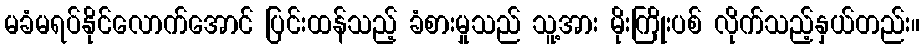
မခံမရပ်နိုင်လောက်အောင် ပြင်းထန်သည့် ခံစားမှုသည် သူ့အား မိုးကြိုးပစ် လိုက်သည့်နှယ်တည်း။